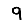
Digit: 9